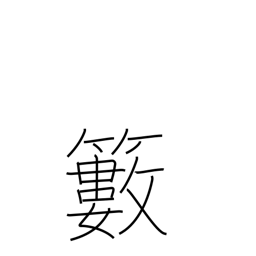
Meaning: bush